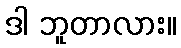
ဒါ ဘူတာလား။